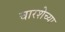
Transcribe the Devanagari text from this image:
चारशेच्या